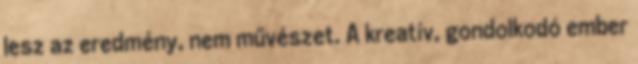
lesz az eredmény, nem művészet. A kreatív, gondolkodó ember